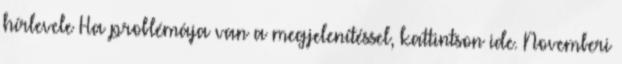
hírlevele Ha problémája van a megjelenítéssel, kattintson ide. Novemberi